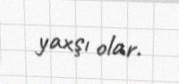
yaxşı olar.